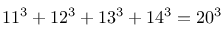
1 1 ^ { 3 } + 1 2 ^ { 3 } + 1 3 ^ { 3 } + 1 4 ^ { 3 } = 2 0 ^ { 3 }